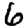
Digit: 6